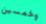
وخمسين